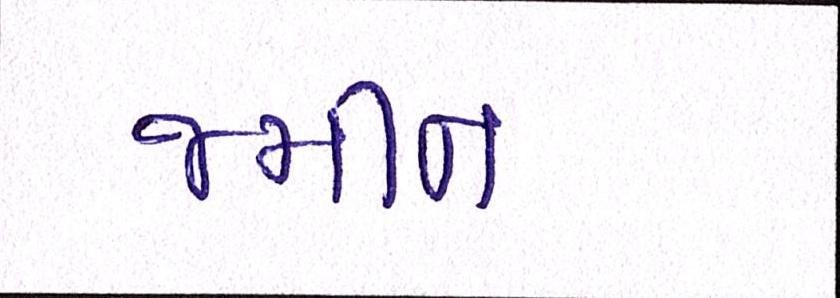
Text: જમીન